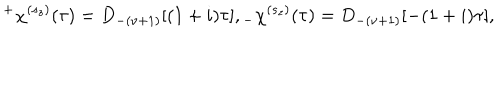
LaTeX: ^ { + } \chi ^ { ( s _ { z } ) } ( \tau ) = D _ { - ( \nu + 1 ) } [ ( 1 + i ) \tau ] , \hspace { 0 . 3 i n } _ { - } \chi ^ { ( s _ { z } ) } ( \tau ) = D _ { - ( \nu + 1 ) } [ - ( 1 + i ) \tau ] ,